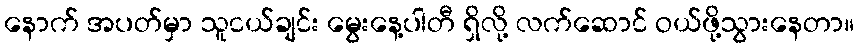
နောက် အပတ်မှာ သူငယ်ချင်း မွေးနေ့ပါတီ ရှိလို့ လက်ဆောင် ဝယ်ဖို့သွားနေတာ။